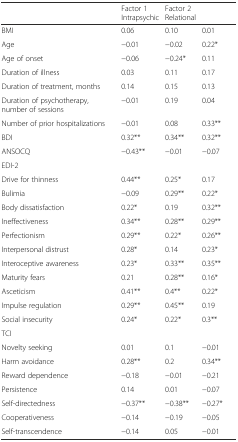
<table><thead><tr><td>[EMPTY_CELL]</td><td><b>Factor 1Intrapsychic</b></td><td><b>Factor 2Relational</b></td><td>[EMPTY_CELL]</td></tr></thead><tbody><tr><td>BMI</td><td>0.06</td><td>0.10</td><td>0.01</td></tr><tr><td>Age</td><td>−0.01</td><td>−0.02</td><td>0.22*</td></tr><tr><td>Age of onset</td><td>−0.06</td><td>−0.24*</td><td>0.11</td></tr><tr><td>Duration of illness</td><td>0.03</td><td>0.11</td><td>0.17</td></tr><tr><td>Duration of treatment, months</td><td>0.14</td><td>0.15</td><td>0.13</td></tr><tr><td>Duration of psychotherapy, number of sessions</td><td>−0.01</td><td>0.19</td><td>0.04</td></tr><tr><td>Number of prior hospitalizations</td><td>−0.01</td><td>0.08</td><td>0.33**</td></tr><tr><td>BDI</td><td>0.32**</td><td>0.34**</td><td>0.32**</td></tr><tr><td>ANSOCQ</td><td>−0.43**</td><td>−0.01</td><td>−0.07</td></tr><tr><td>EDI-2</td><td>[EMPTY_CELL]</td><td>[EMPTY_CELL]</td><td>[EMPTY_CELL]</td></tr><tr><td>Drive for thinness</td><td>0.44**</td><td>0.25*</td><td>0.17</td></tr><tr><td>Bulimia</td><td>−0.09</td><td>0.29**</td><td>0.22*</td></tr><tr><td>Body dissatisfaction</td><td>0.22*</td><td>0.19</td><td>0.32**</td></tr><tr><td>Ineffectiveness</td><td>0.34**</td><td>0.28**</td><td>0.29**</td></tr><tr><td>Perfectionism</td><td>0.29**</td><td>0.22*</td><td>0.26**</td></tr><tr><td>Interpersonal distrust</td><td>0.28*</td><td>0.14</td><td>0.23*</td></tr><tr><td>Interoceptive awareness</td><td>0.23*</td><td>0.33**</td><td>0.35**</td></tr><tr><td>Maturity fears</td><td>0.21</td><td>0.28**</td><td>0.16*</td></tr><tr><td>Asceticism</td><td>0.41**</td><td>0.4**</td><td>0.22*</td></tr><tr><td>Impulse regulation</td><td>0.29**</td><td>0.45**</td><td>0.19</td></tr><tr><td>Social insecurity</td><td>0.24*</td><td>0.22*</td><td>0.3**</td></tr><tr><td>TCI</td><td>[EMPTY_CELL]</td><td>[EMPTY_CELL]</td><td>[EMPTY_CELL]</td></tr><tr><td>Novelty seeking</td><td>0.01</td><td>0.1</td><td>−0.01</td></tr><tr><td>Harm avoidance</td><td>0.28**</td><td>0.2</td><td>0.34**</td></tr><tr><td>Reward dependence</td><td>−0.18</td><td>−0.01</td><td>−0.21</td></tr><tr><td>Persistence</td><td>0.14</td><td>0.01</td><td>−0.07</td></tr><tr><td>Self-directedness</td><td>−0.37**</td><td>−0.38**</td><td>−0.27*</td></tr><tr><td>Cooperativeness</td><td>−0.14</td><td>−0.19</td><td>−0.05</td></tr><tr><td>Self-transcendence</td><td>−0.14</td><td>0.05</td><td>−0.01</td></tr></tbody></table>